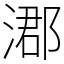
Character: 㴫